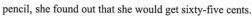
pencil, she found out that she would get sixty-five cents.